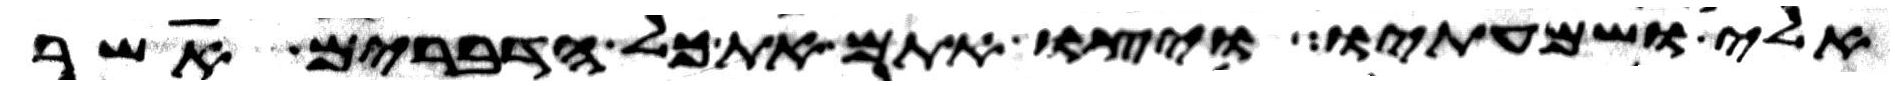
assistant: אלי ושמעתיו ויצו אתם את כל הדברים אשר